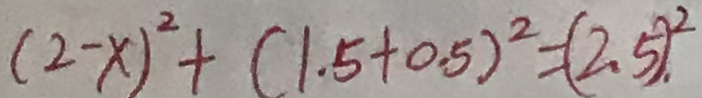
( 2 - x ) ^ { 2 } + ( 1 . 5 + 0 . 5 ) ^ { 2 } = ( 2 . 5 ) ^ { 2 }